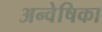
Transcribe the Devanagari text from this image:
अन्वेषिका